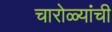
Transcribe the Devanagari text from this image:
चारोळ्यांची